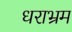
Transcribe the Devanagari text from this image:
धराभ्रम